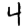
Digit: 4